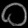
Digit: ၀